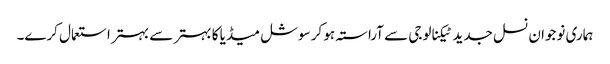
ہماری نوجوان نسل جدید ٹیکنالوجی سے آراستہ ہو کر سوشل میڈیا کا بہتر سے بہتر استعمال کرے۔